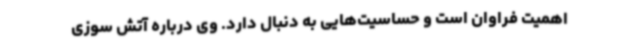
اهمیت فراوان است و ‌حساسیت‌هایی به دنبال دارد. وی درباره آتش سوزی